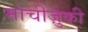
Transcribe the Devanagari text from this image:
मोचीज़ुकी